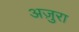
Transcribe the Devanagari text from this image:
अज़ुरा